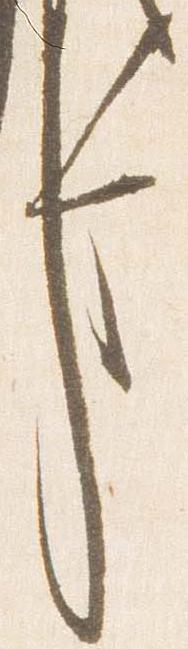
事